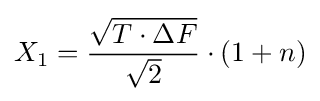
X_{1}={\frac {\sqrt {T\cdot \Delta F}}{\sqrt {2}}}\cdot (1+n)